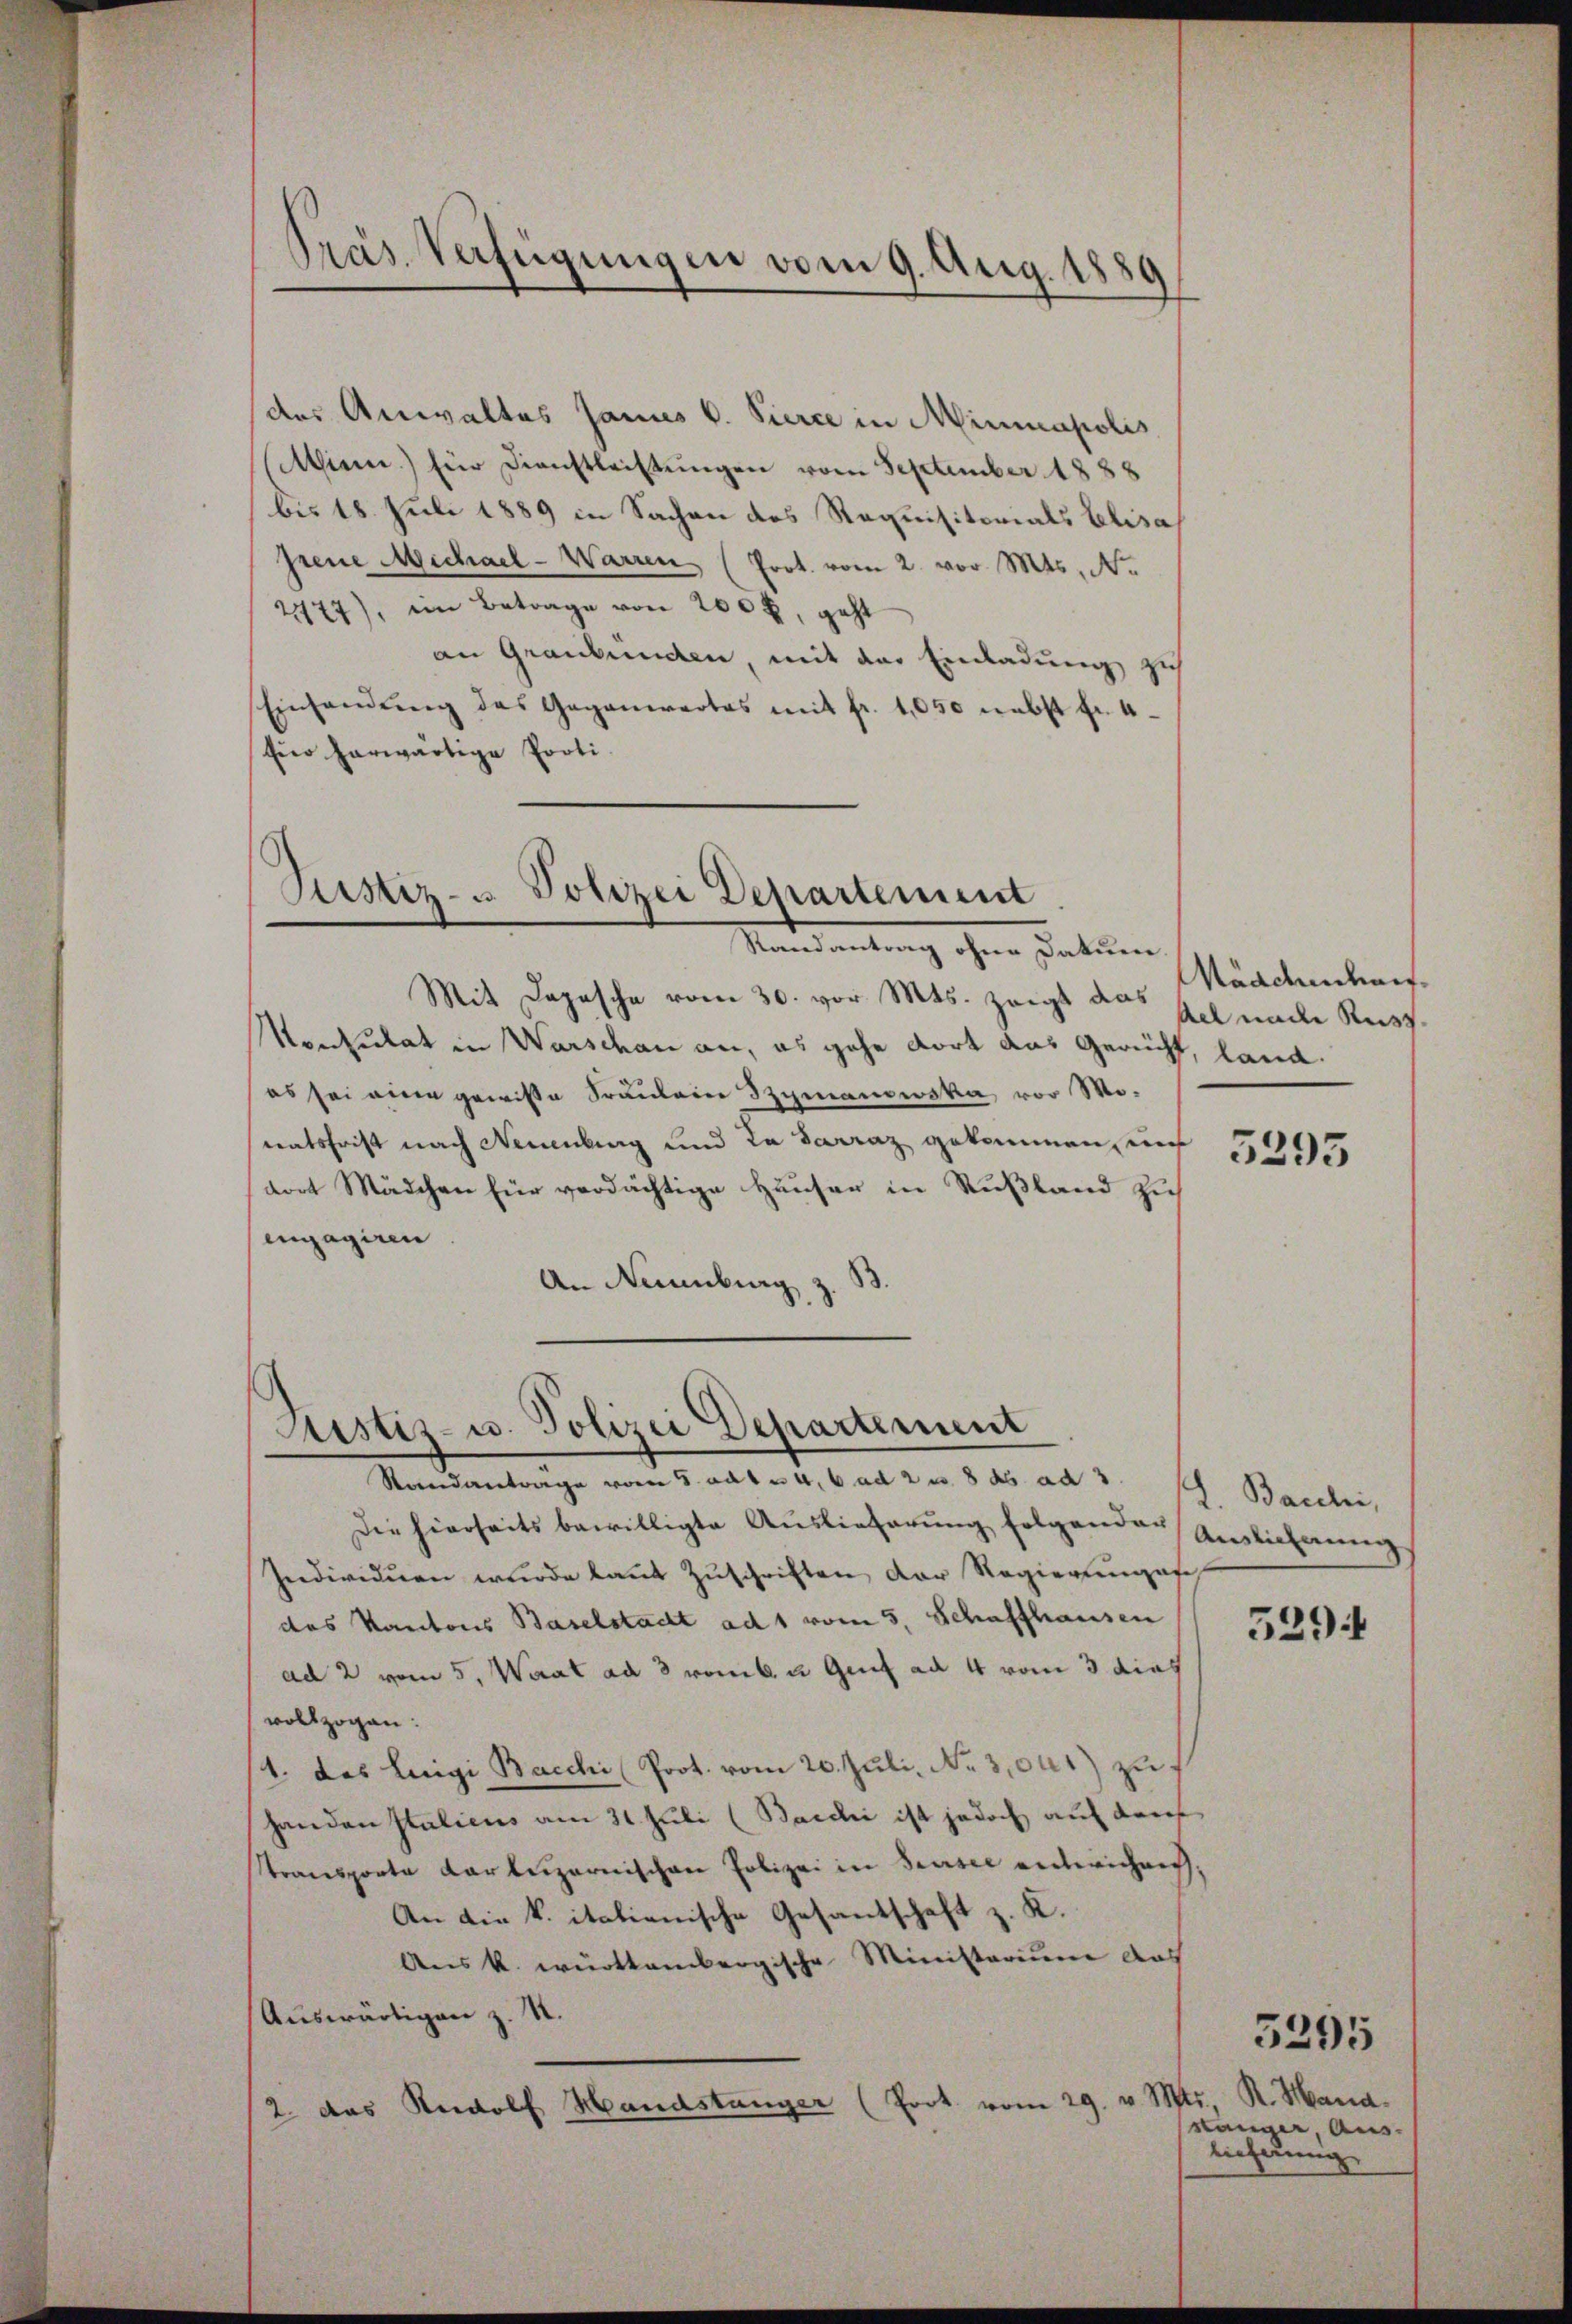
Präs. Verfügungen vom 9. Aug. 1880

des Anwaltes Janus v. Sierce in Mininapolis
Asien) für Dienstleistŭngen vom September 1888
bis 18. Juli 1889 in Sachen des Requisitorials Elisa
prene Michael-Warren (Prot. vom 2. vor. Mts. No
2177), im Betrage von 200 f., geht
an Graubünden, mit der Einladung z
Einhandŭng des Gegenwartes mit fr. 1050 nebst fr. 4
für herwärtige Porti-

Justiz- u Polizei Departement
Nideantrag ohne Patien

Mit Depesche vom 30. vor Mts. zeigt das
Montulat in Warschau an, es gehe dort das Gericht, land.
es sei eine gewisse Säulein Szymanowska vor Monatsfrist nach Neuenburg und La Sarraz gekommen, und
dort Mädchen für verdächtige Häuser in Rußland zu
engagiren
.
An Naumburg,

Justiz- u. Polizei Departement
Standantrage vom 5. ad 1 u. 4,6 ad 2 u. 8 ds ad 2. 1. Bacchi,

Mäadedarf.
Ael nach Reisz

Die hierseits bewilligte Aŭslieferŭng folgenden Auslichnŭng
Individuen wurde laŭt Zŭschriften der Regierungesch
das Kantons Baselstadt ad 1 vom 5. Schaffhausen
ad 2 vom 5. Waat ad 8 rob. u. Graf ad 4 vom 3 dies
vollzogen:
1. das Luigi Bacchi Prot. vom 20. Juli, No 3,041) zuhanden Italicus am 31. Juli (Bacchi ist jedoch auf darf
Stransporte Karteiparnischen Polizei in Sensee entwichens,
An die k. italienische Gesantschaft z. K.
Aus k. württembergische Ministerium das
Auswärtigen z. S.
Prot. vom 29. v. Mts., R. Mana.
2 das Rudolf Handstanger

5295

529:

sänger, Aus-
lieferung

5295